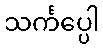
သင်္ကပ္ပေါ